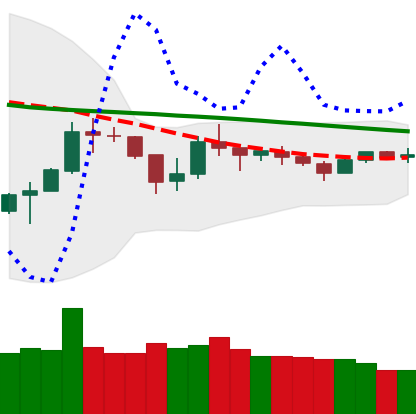
Ticker: BTC-USD
Chart end date: 2018-10-07
Forward return: -4.973%
Label: down_3_5